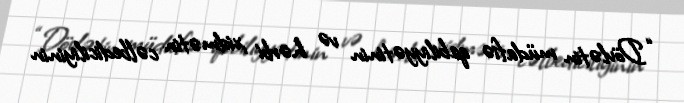
“Dövlətin müdafiə qabiliyyətinin və hərbi xidmətin cəlbediciliyinin